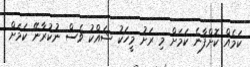
ކަމެއް ކޮށްފާނެ ކަމަށް މި ރަށު މީހަކު ޝައްކު ވެސް ނުކުރާނޭ ކަމަށް